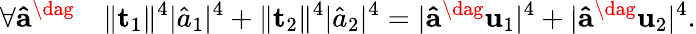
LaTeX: \forall\mathbf{\hat{a}}^{\dag}\quad\lVert\mathbf{t}_{1}\rVert^{4}\lvert\hat{a}_{1}\rvert^{4}+\lVert\mathbf{t}_{2}\rVert^{4}\lvert\hat{a}_{2}\rvert^{4}=\lvert\mathbf{\hat{a}}^{\dag}\mathbf{u}_{1}\rvert^{4}+\lvert\mathbf{\hat{a}}^{\dag}\mathbf{u}_{2}\rvert^{4}.